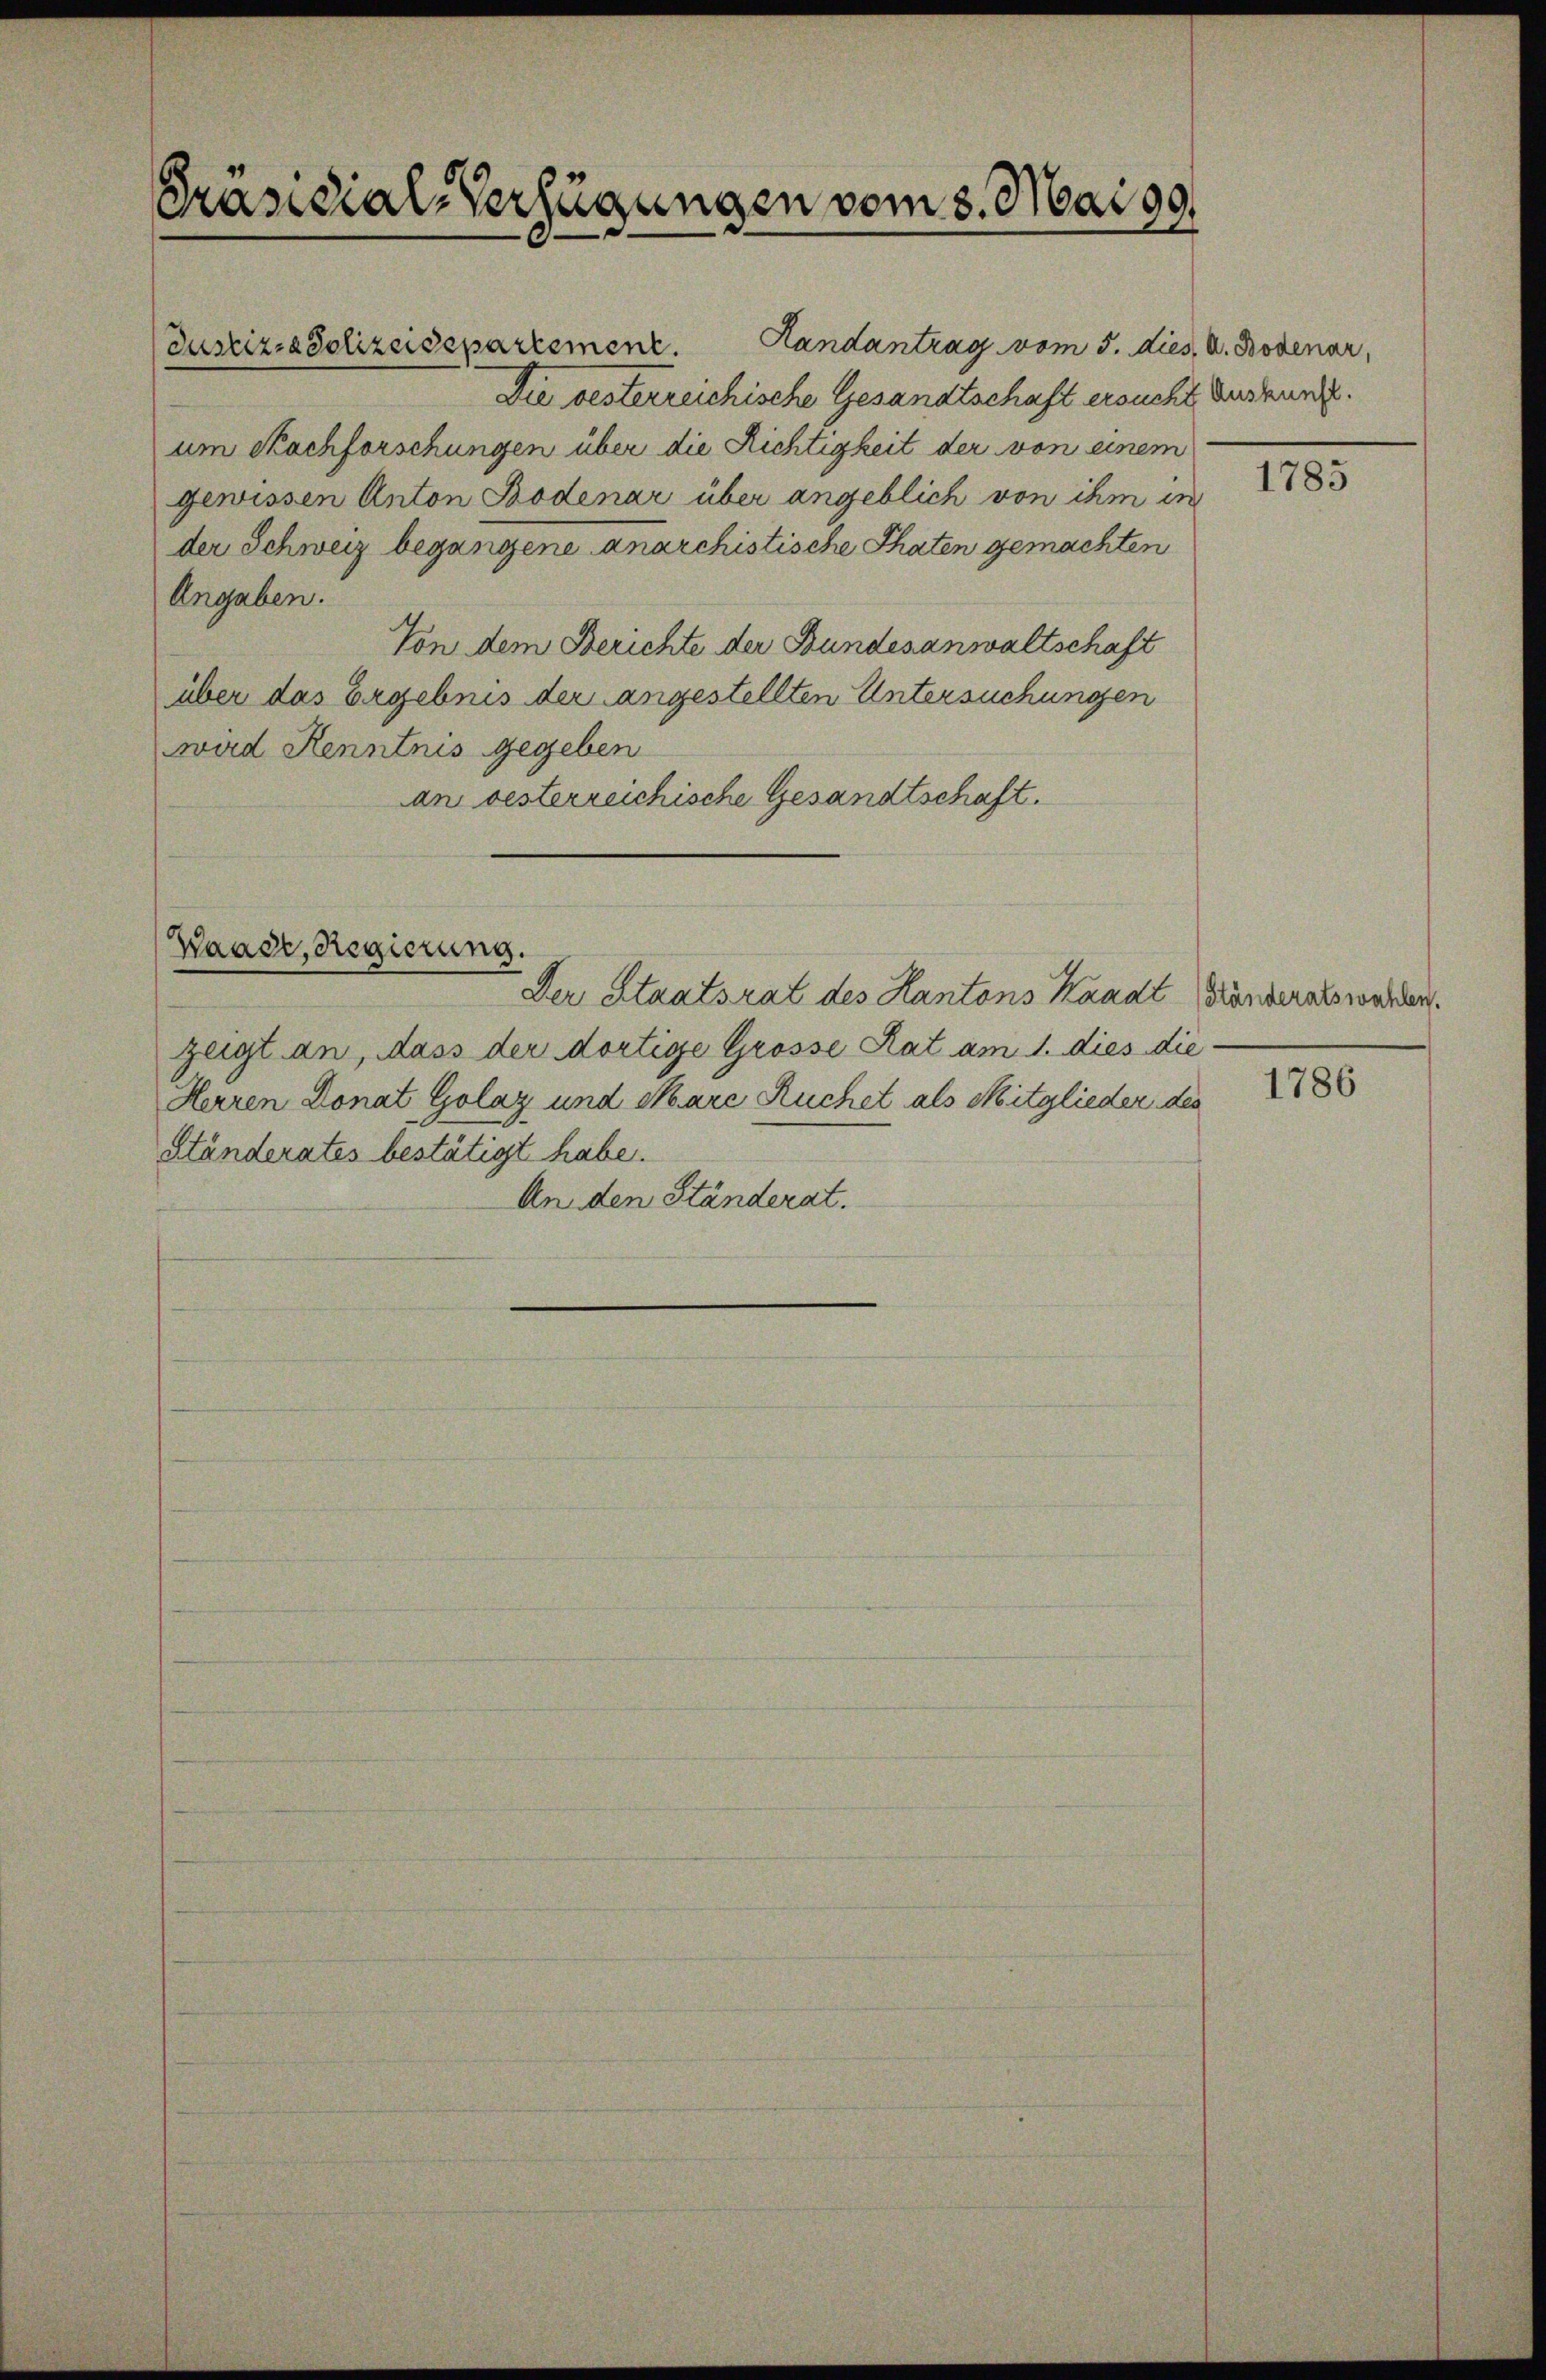
Präsidial-Verfügungen vom 3. Mai 19

Handantrag vom 5. dies. v. Bodenar,
Die besterreichische Gesandtschaft ersucht, Auskunft.
um Nachforschungen über die Richtigkeit der von einem
gewissen Anton Bodenar über angeblich von ihm in
der Schweiz begangene anarchistische Thaten gemachten
Angaben.
Von dem Berichte der Bundesanwaltschaft
über das Ergebnis der angestellten Untersuchungen
wad Kenntnis gegeben
an oesterreichische Gesandtschaft.

Justiz-Polizeidepartement.

Waadt, Regierung.

zeigt an, dass der dortige Grösse Rat am 1. dies die
Herren Donat Golaz und Stare Ruchel als Mitglieder des 188
Ständerates bestätigt habe.
An den Ständerat.

Der Staatsrat des Kantons Kaadt Ständeratswahlen.

1785